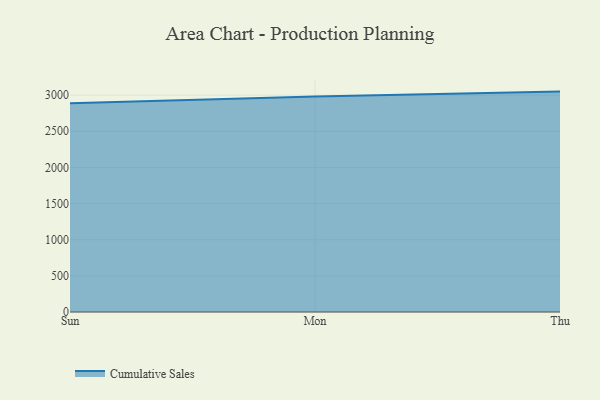
{"axis": {"x": "Day", "y": "Operating Costs (USD K)"}, "legend": ["Cumulative Sales"], "data": [{"x": "Sun", "y": 2888.1, "type": "Cumulative Sales"}, {"x": "Mon", "y": 2981.9, "type": "Cumulative Sales"}, {"x": "Thu", "y": 3049.1, "type": "Cumulative Sales"}]}